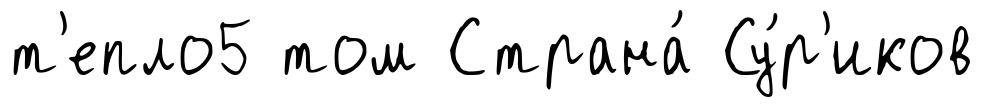
т'епло5 том Страна́ Су́р'иков